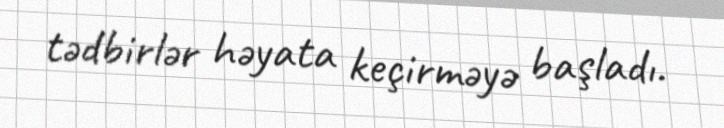
tədbirlər həyata keçirməyə başladı.